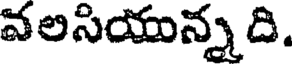
వలసియున్న ది.